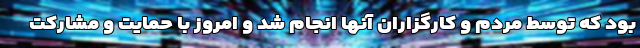
بود که توسط مردم و کارگزاران آنها انجام شد و امروز با حمایت و مشارکت